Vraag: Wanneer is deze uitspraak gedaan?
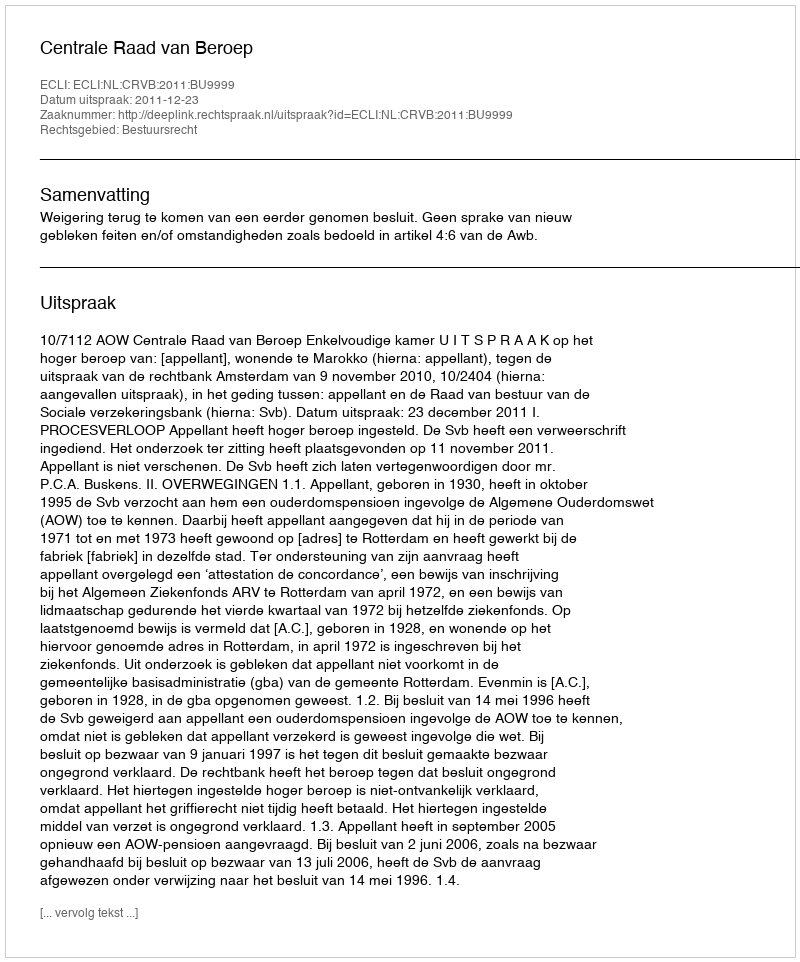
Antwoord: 2011-12-23